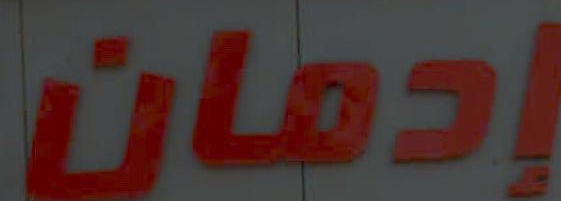
إدمان